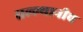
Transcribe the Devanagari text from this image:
सल्ल्यानीच